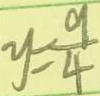
y = \frac { 9 } { 4 }